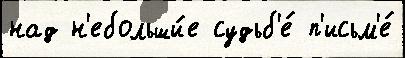
над н'ебольши́е судьб'е́ п'исьм'е́